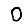
Digit: 0